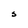
Character: s